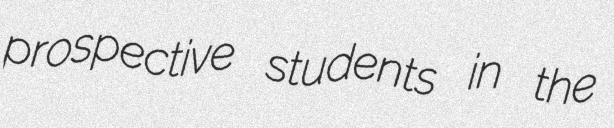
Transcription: prospective students in the